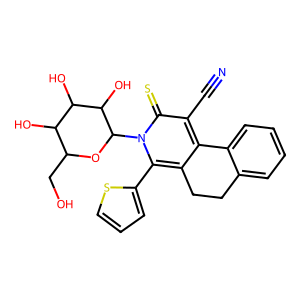
SMILES: N#Cc1c2c(c(-c3cccs3)n(C3OC(CO)C(O)C(O)C3O)c1=S)CCc1ccccc1-2
Inhibits HIV replication: No